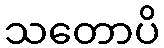
သတောပိ